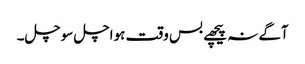
آگے نہ پیچھے بس وقت ہواچل سوچل۔